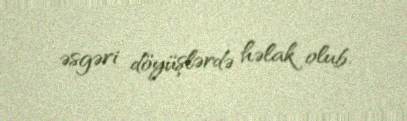
əsgəri döyüşlərdə həlak olub.